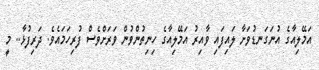
އަމޭލިއާގެ އުނަގަނޑުވަށާ ލައިފައި ވާއިރު އަމޭލިއާގެ ހިނިތުންވުން ވަރަށްވެސް ފުރިހަމައެވެ. ދަރިފުޅާ.. މީ